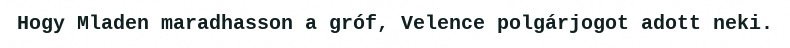
Hogy Mladen maradhasson a gróf, Velence polgárjogot adott neki.